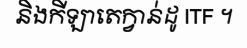
និងកីឡាតេក្វាន់ដូ ITF ។